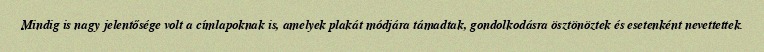
Mindig is nagy jelentősége volt a címlapoknak is, amelyek plakát módjára támadtak, gondolkodásra ösztönöztek és esetenként nevettettek.